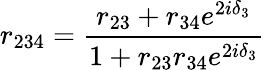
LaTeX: r_{234}=\frac{r_{23}+r_{34}e^{2i\delta_{3}}}{1+r_{23}r_{34}e^{2i\delta_{3}}}